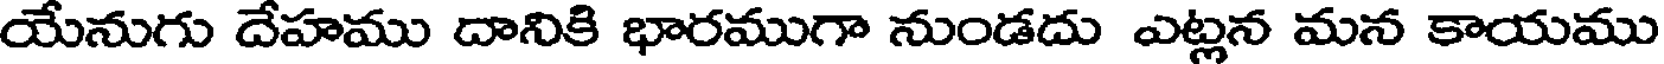
యేనుగు దేహము దానికి భారముగా నుండదు ఎట్లన మన కాయము